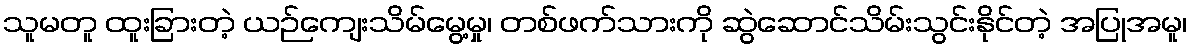
သူမတူ ထူးခြားတဲ့ ယဉ်ကျေးသိမ်မွေ့မှု၊ တစ်ဖက်သားကို ဆွဲဆောင်သိမ်းသွင်းနိုင်တဲ့ အပြုအမူ၊